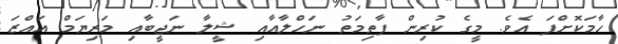
ހާމަކޮށްފަ އެވެ. މީގެ ކުރިން ފާތިމަތު ނަހްލާއާއި ޝީލާ ނަޖީބާއި މަރިޔަމް އައްޒަ